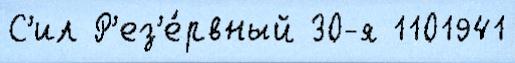
С'ил Р'ез'е́рвный 30-я 1101941